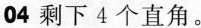
04 剩下4个直角。